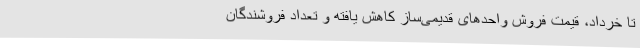
تا خرداد، قیمت فروش واحدهای قدیمی‌ساز کاهش یافته و تعداد فروشندگان